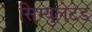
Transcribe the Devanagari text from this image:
सिम्युलेटेड